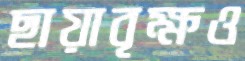
ছায়াবৃক্ষও